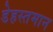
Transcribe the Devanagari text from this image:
डेहस्तमान